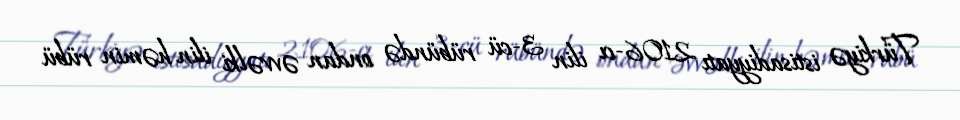
Türkiyə istisadiyyatı 2106-cı ilin 3-cü rübündə ondan əvvəlki ilin həmin rübü